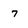
Character: 7